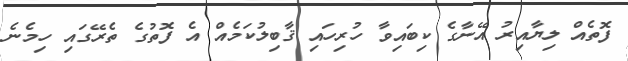
ފޮތެއް ލިޔާއިރު އޭނާގެ ކިބައިވާ ހުރިހައި ޤާބިލުކަމެއް އެ ފޮތުގެ ތެރޭގައި ހިމެނެ